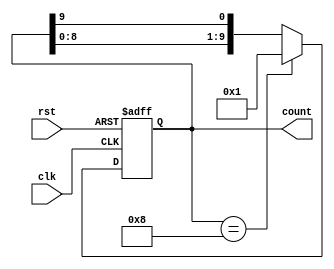
module decade_ring_counter (
    input wire clk,            // Clock input
    input wire rst,            // Asynchronous reset input
    output reg [9:0] count     // 10-bit output representing the current count
);

// State initialization
initial begin
    count = 10'b0000000001;    // Start with first state (0000 0001)
end

always @(posedge clk or posedge rst) begin
    if (rst) begin
        count <= 10'b0000000001; // Reset to initial state (0000 0001)
    end else begin
        // Shift the '1' bit to the left and wrap around
        count <= {count[8:0], count[9]}; // Rotate left
        // Ensure the counter only counts from 0 to 9
        if (count == 10'b0000001000) begin
            count <= 10'b0000000001; // Wrap back to 1 after reaching state 9
        end
    end
end

endmodule